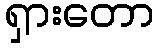
ရှားတော